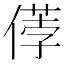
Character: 𠍤